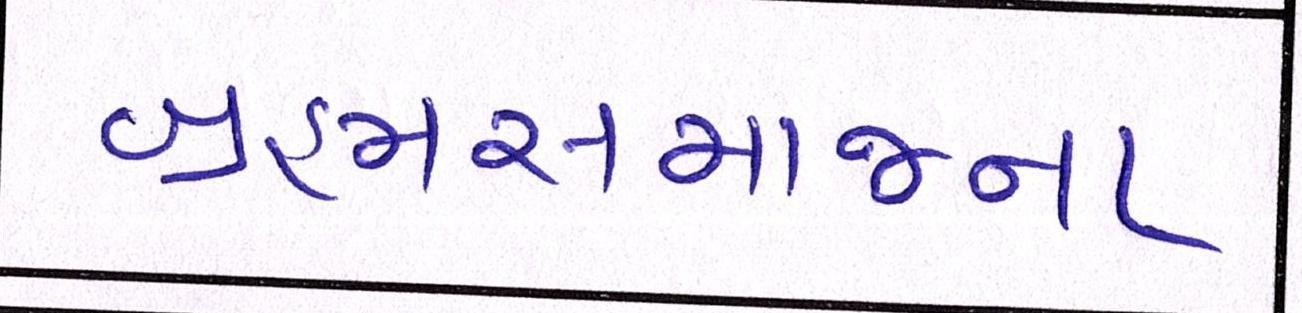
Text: બ્રહ્મસમાજના